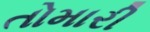
તોમારી